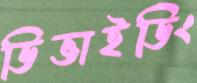
ডিভাইডিং